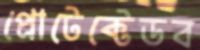
প্রোটেক্টেডব